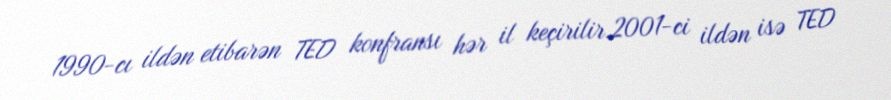
1990-cı ildən etibarən TED konfransı hər il keçirilir.2001-ci ildən isə TED